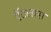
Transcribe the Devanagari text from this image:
ऍटलास